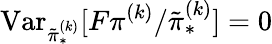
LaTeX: \operatorname{Var}_{\tilde{\pi}_{\ast}^{(k)}}[F\pi^{(k)}/\tilde{\pi}_{\ast}^{(k)}]=0